Source: Handwritten
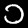
Digit: ၁ (1)